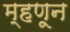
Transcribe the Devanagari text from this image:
म्हणून